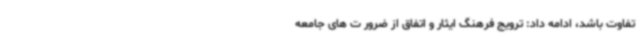
تفاوت باشد، ادامه داد: ترویج فرهنگ ایثار و اتفاق از ضرور ت های جامعه